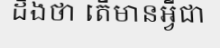
ដឹងថា តើមានអ្វីជា